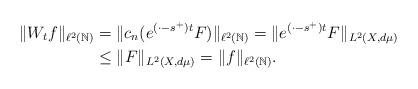
LaTeX: \begin{align*}\|W_tf\|_{\ell^2(\mathbb{N})}&=\|c_n(e^{(\cdot-s^{+})t}F)\|_{\ell^2(\mathbb{N})}=\|e^{(\cdot-s^{+})t}F\|_{L^2(X,d\mu)}\\&\le \|F\|_{L^2(X,d\mu)}=\|f\|_{\ell^2(\mathbb{N})}.\end{align*}